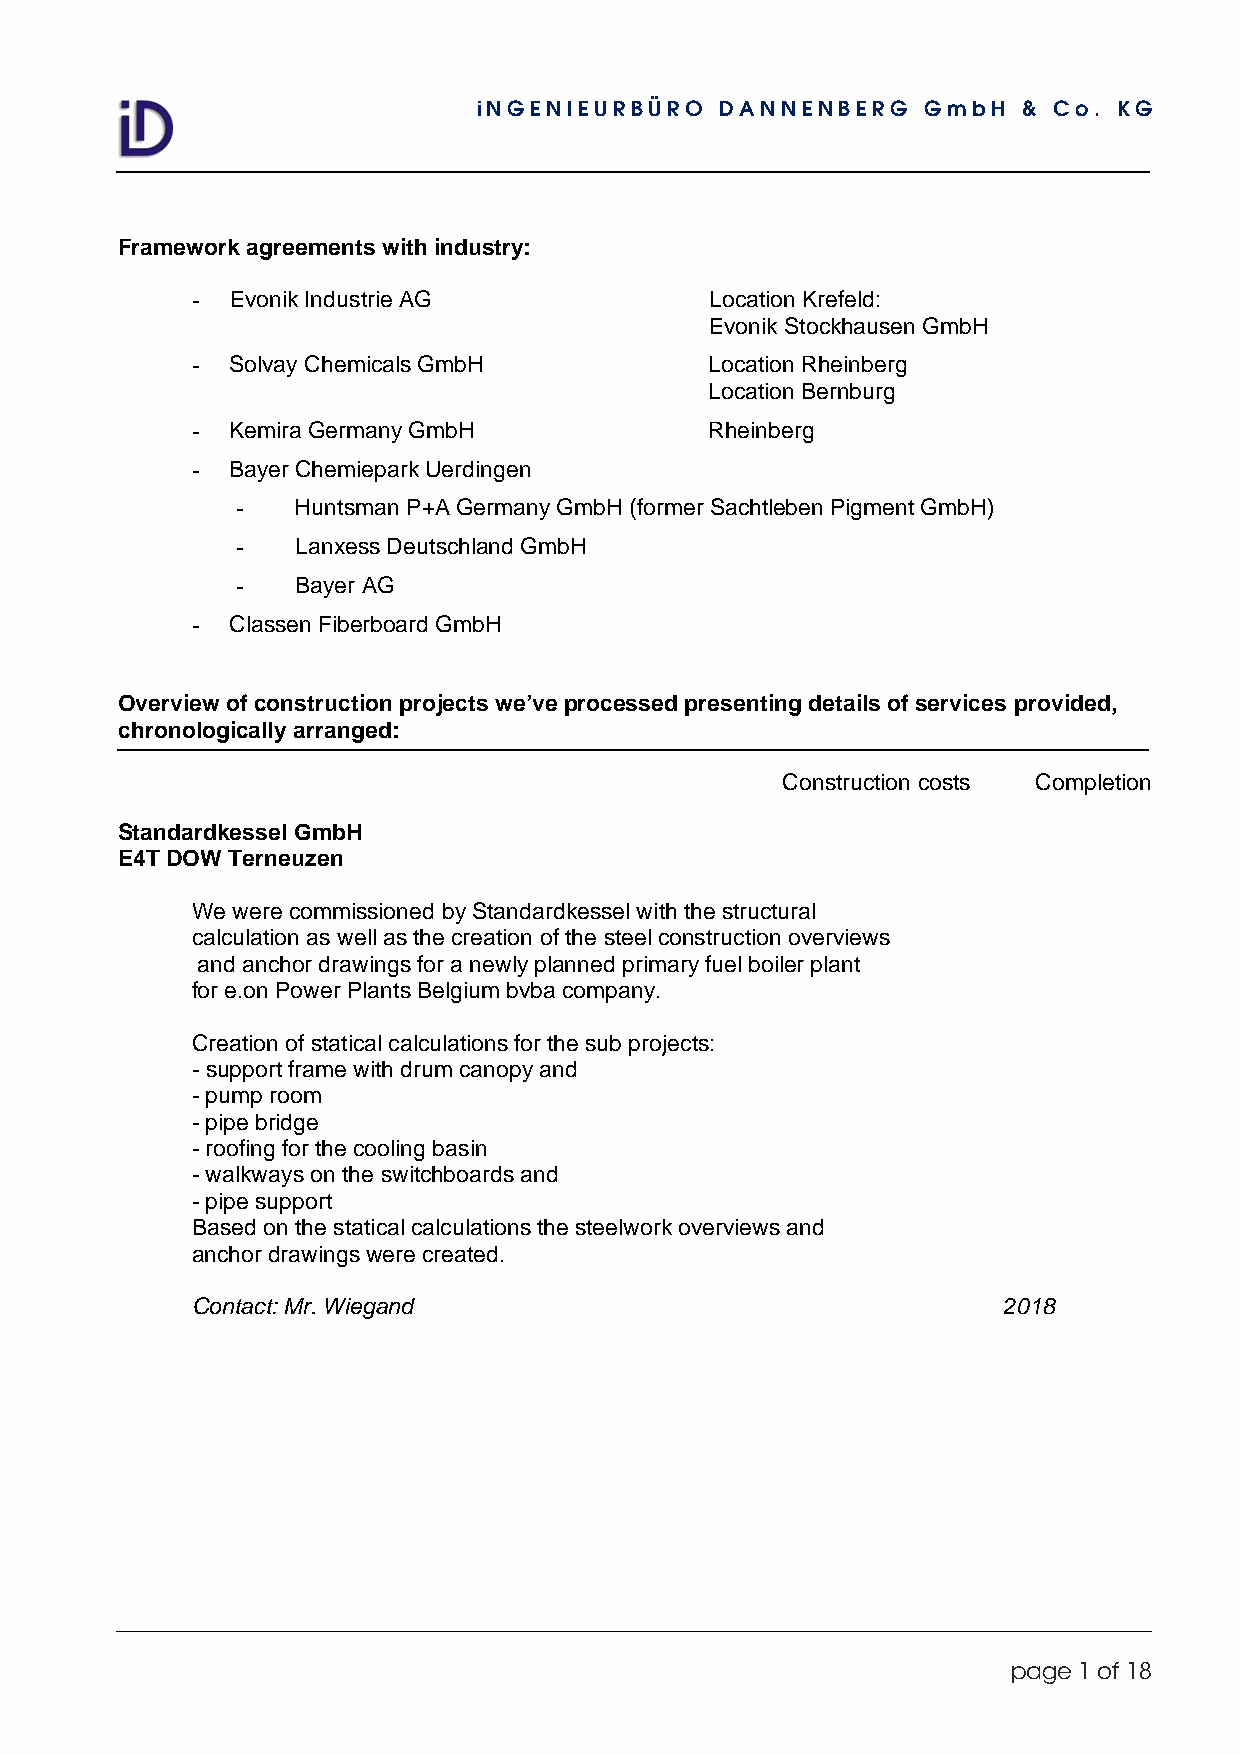
iNGENIEURBÜRO   DANNENBERG   GmbH   & Co. KG
 Framework agreements with industry:
 - Evonik Industrie AG             Location Krefeld:
 Evonik Stockhausen GmbH
 - Solvay Chemicals GmbH           Location Rheinberg
 Location Bernburg
 - Kemira Germany GmbH             Rheinberg
 - Bayer Chemiepark Uerdingen
 -   Huntsman P+A Germany GmbH (former Sachtleben Pigment GmbH)
 -   Lanxess Deutschland GmbH
 -   Bayer AG
 - Classen Fiberboard GmbH
 Overview of construction projects we’ve processed presenting details of services provided,
 chronologically arranged:
 Construction costs Completion
 
 Standardkessel GmbH
 E4T DOW Terneuzen
 We were commissioned by Standardkessel with the structural
 calculation as well as the creation of the steel construction overviews
 and anchor drawings for a newly planned primary fuel boiler plant
 for e.on Power Plants Belgium bvba company.
 Creation of statical calculations for the sub projects:
 - support frame with drum canopy and
 - pump room
 - pipe bridge
 - roofing for the cooling basin
 - walkways on the switchboards and
 - pipe support
 Based on the statical calculations the steelwork overviews and
 anchor drawings were created.
 Contact: Mr. Wiegand                                 2018
 page 1 of 18